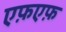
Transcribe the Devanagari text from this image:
एफ़एफ़